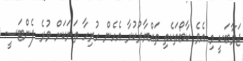
ޖަވާބަކީ މި އެވެ ކާބޯތަކެތި ތައްޔާރުކުރާ އެހެން ހުރިހާ ތަނަކަށް ވުރެ ފެންޓަސީ